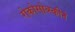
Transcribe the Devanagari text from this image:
रोकोसोव्स्कीने